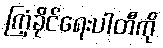
ကြံ့ခိုင်ရေးပါတီကို